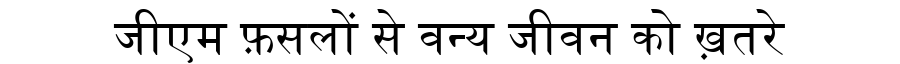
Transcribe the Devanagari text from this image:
जीएम फ़सलों से वन्य जीवन को ख़तरे